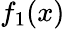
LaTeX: f_{1}(x)